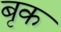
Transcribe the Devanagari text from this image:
बृक